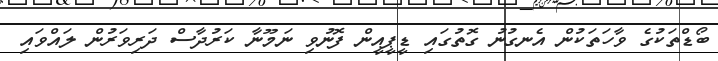
ބޯޑްތަކުގެ ވާހަތަކުން އެނގުނު ގޮތުގައި ޑީޕީއީން ފޮނުވި ނަމޫނާ ކަރުދާސް ދަރިވަރުން ލައްވައި